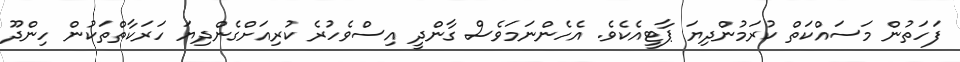
ފަހަތުން މަސައްކަތް ކުރަމުންދިޔަ ޕާޓީއެކެވެ. އެހެންނަމަވެސް ގާންދީ އިސްވެހުރެ ކުރިއަށްގެންދިޔަ ހަރަކާތްތަކުން ހިންދޫ